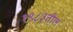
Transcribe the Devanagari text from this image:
१९८३तील